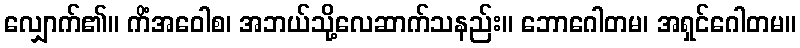
လျှောက်၏။ ကိံအဝေါစ၊ အဘယ်သို့လေဆာက်သနည်း။ ဘောဂေါတမ၊ အရှင်ဂေါတမ။